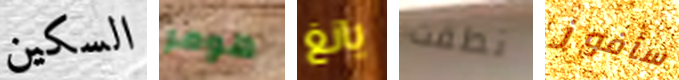
السكين هومر يانغ نطقت سأفوز